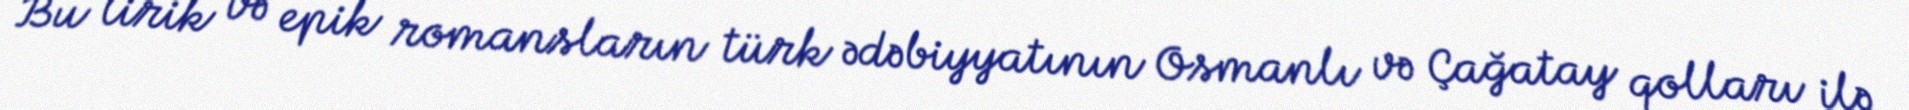
Bu lirik və epik romansların türk ədəbiyyatının Osmanlı və Çağatay qolları ilə